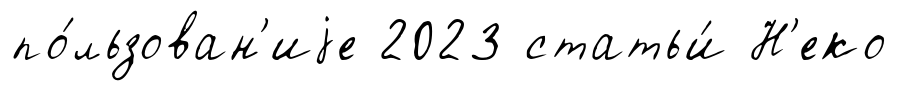
по́льзован'иjе 2023 статьи́ Н'еко